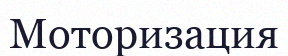
Моторизация